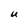
Character: U